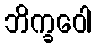
ဘိက္ခဝေါ